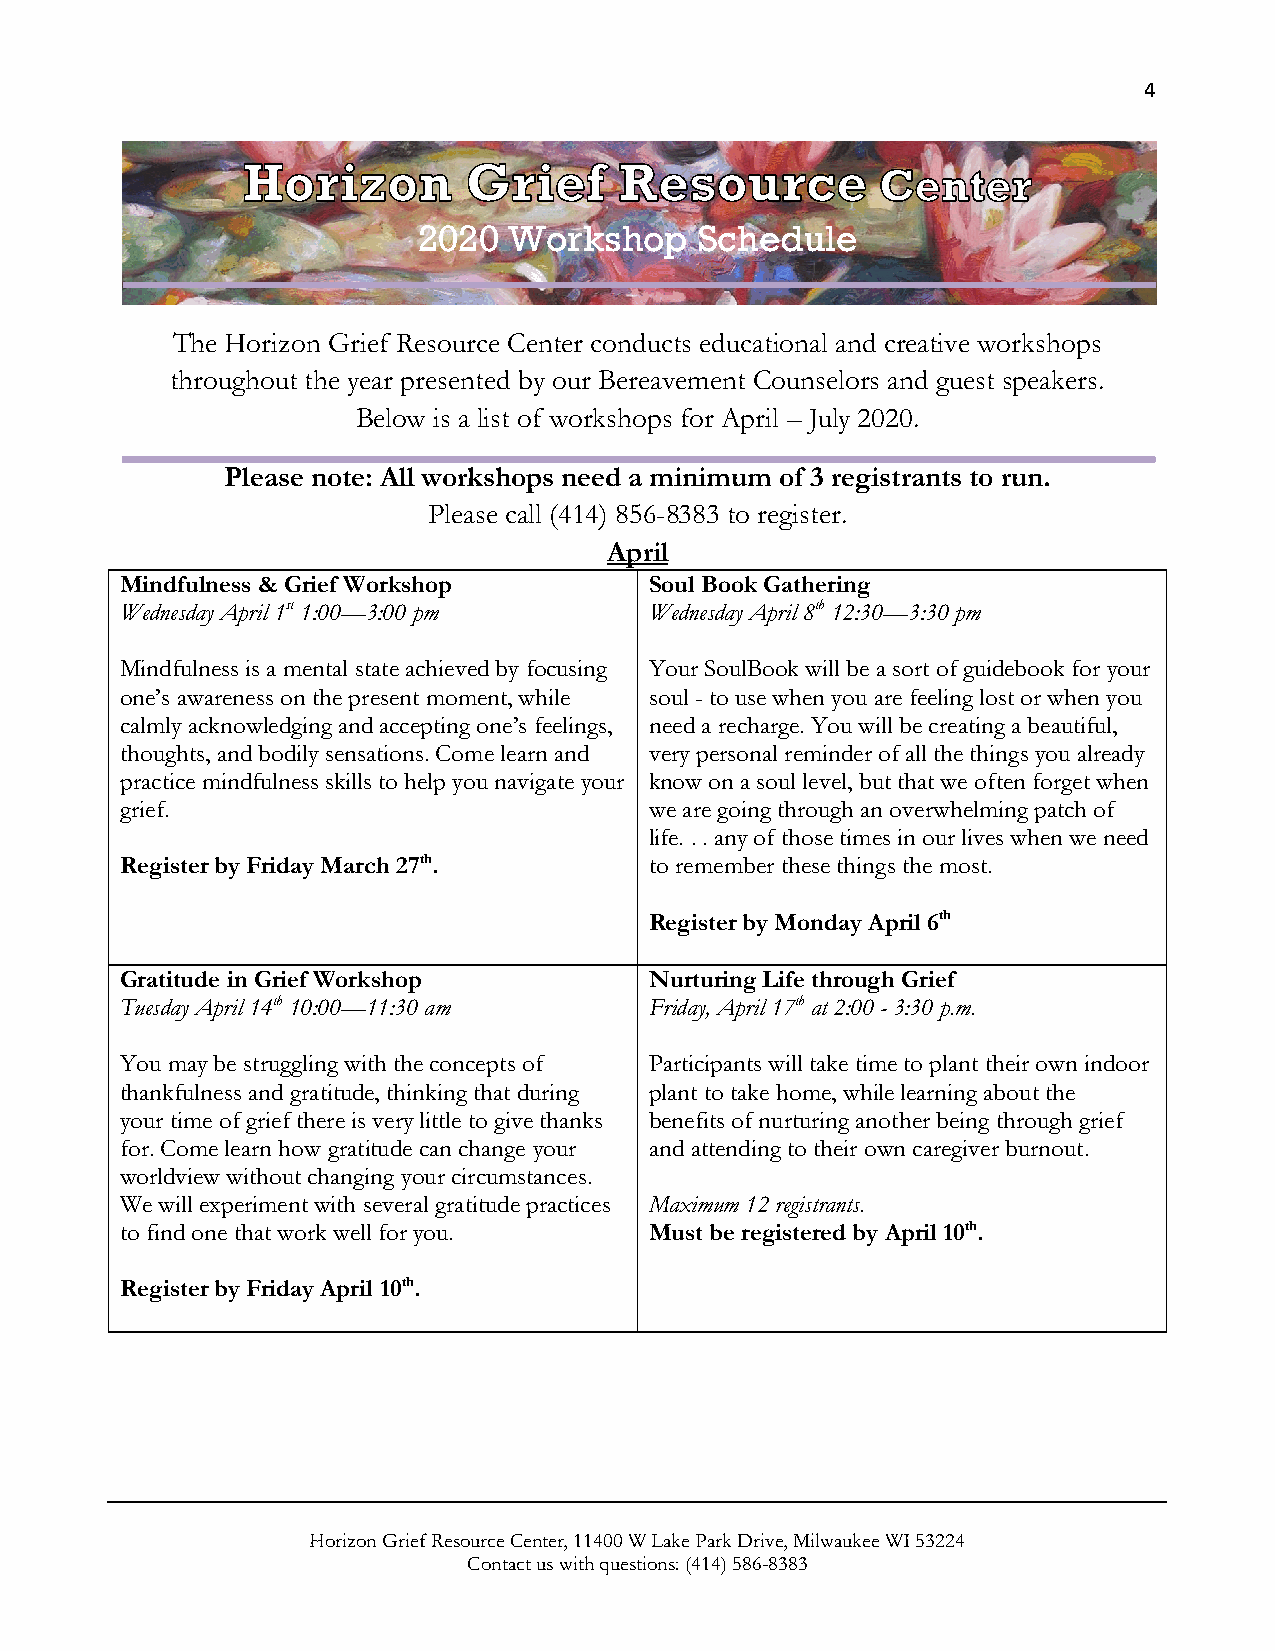
4
 2020  Workshop    Schedule
 The Horizon Grief Resource Center conducts educational and creative workshops
 throughout the year presented by our Bereavement Counselors and guest speakers.
 Below is a list of workshops for April – July 2020.
 Please note: All workshops need a minimum of 3 registrants to run.
 Please call (414) 856-8383 to register.
 April
 Mindfulness & Grief Workshop       Soul Book Gathering
 Wednesday April 1st 1:00—3:00 pm   Wednesday April 8th 12:30—3:30 pm
 Mindfulness is a mental state achieved by focusing Your SoulBook will be a sort of guidebook for your
 one’s awareness on the present moment, while soul - to use when you are feeling lost or when you
 calmly acknowledging and accepting one’s feelings, need a recharge. You will be creating a beautiful,
 thoughts, and bodily sensations. Come learn and very personal reminder of all the things you already
 practice mindfulness skills to help you navigate your know on a soul level, but that we often forget when
 grief.                             we are going through an overwhelming patch of
 life. . . any of those times in our lives when we need
 Register by Friday March 27th.     to remember these things the most.
 Register by Monday April 6th
 Gratitude in Grief Workshop        Nurturing Life through Grief
 Tuesday April 14th 10:00—11:30 am  Friday, April 17th at 2:00 - 3:30 p.m.
 You may be struggling with the concepts of Participants will take time to plant their own indoor
 thankfulness and gratitude, thinking that during plant to take home, while learning about the
 your time of grief there is very little to give thanks benefits of nurturing another being through grief
 for. Come learn how gratitude can change your and attending to their own caregiver burnout.
 worldview without changing your circumstances.
 We will experiment with several gratitude practices Maximum 12 registrants.
 to find one that work well for you. Must be registered by April 10th.
 Register by Friday April 10th.
 Horizon Grief Resource Center, 11400 W Lake Park Drive, Milwaukee WI 53224
 Contact us with questions: (414) 586-8383